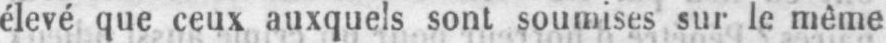
élevé que ceux auxquels sont soumises sur le même